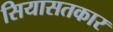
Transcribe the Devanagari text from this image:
सियासतकार